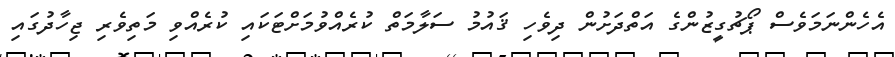
އެހެންނަމަވެސް ޕޯޗުގީޒުންގެ އަތްދަށުން ދިވެހި ޤައުމު ސަލާމަތް ކުރެއްވުމަށްޓަކައި ކުރެއްވި މަތިވެރި ޖިހާދުގައި